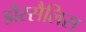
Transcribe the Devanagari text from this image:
डोरसैलिस